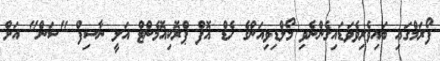
ފޯރަމްގައި ބައިވެރިވެވަޑައިގެންނެވި މޯލްޑިވިއަންގެ ހެޑް އޮފް ޕްރޮކިއޮމެންޓް އަލީ ނާސިފް "ސަން" އަށް